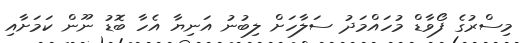
މިސްރުގެ ފޯވާޑް މުހައްމަދު ސަލާހަށް ލިބުނު އަނިޔާ އެހާ ބޮޑު ނޫން ކަމަށާއި